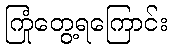
ကြုံတွေ့ရကြောင်း